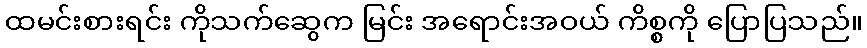
ထမင်းစားရင်း ကိုသက်ဆွေက မြင်း အရောင်းအဝယ် ကိစ္စကို ပြောပြသည်။